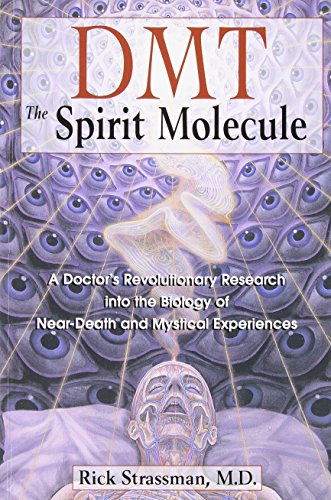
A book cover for DMT: The Spirit Molecule: A Doctor's Revolutionary Research into the Biology of Near-Death and Mystical Experiences; Rick Strassman; Medical Books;